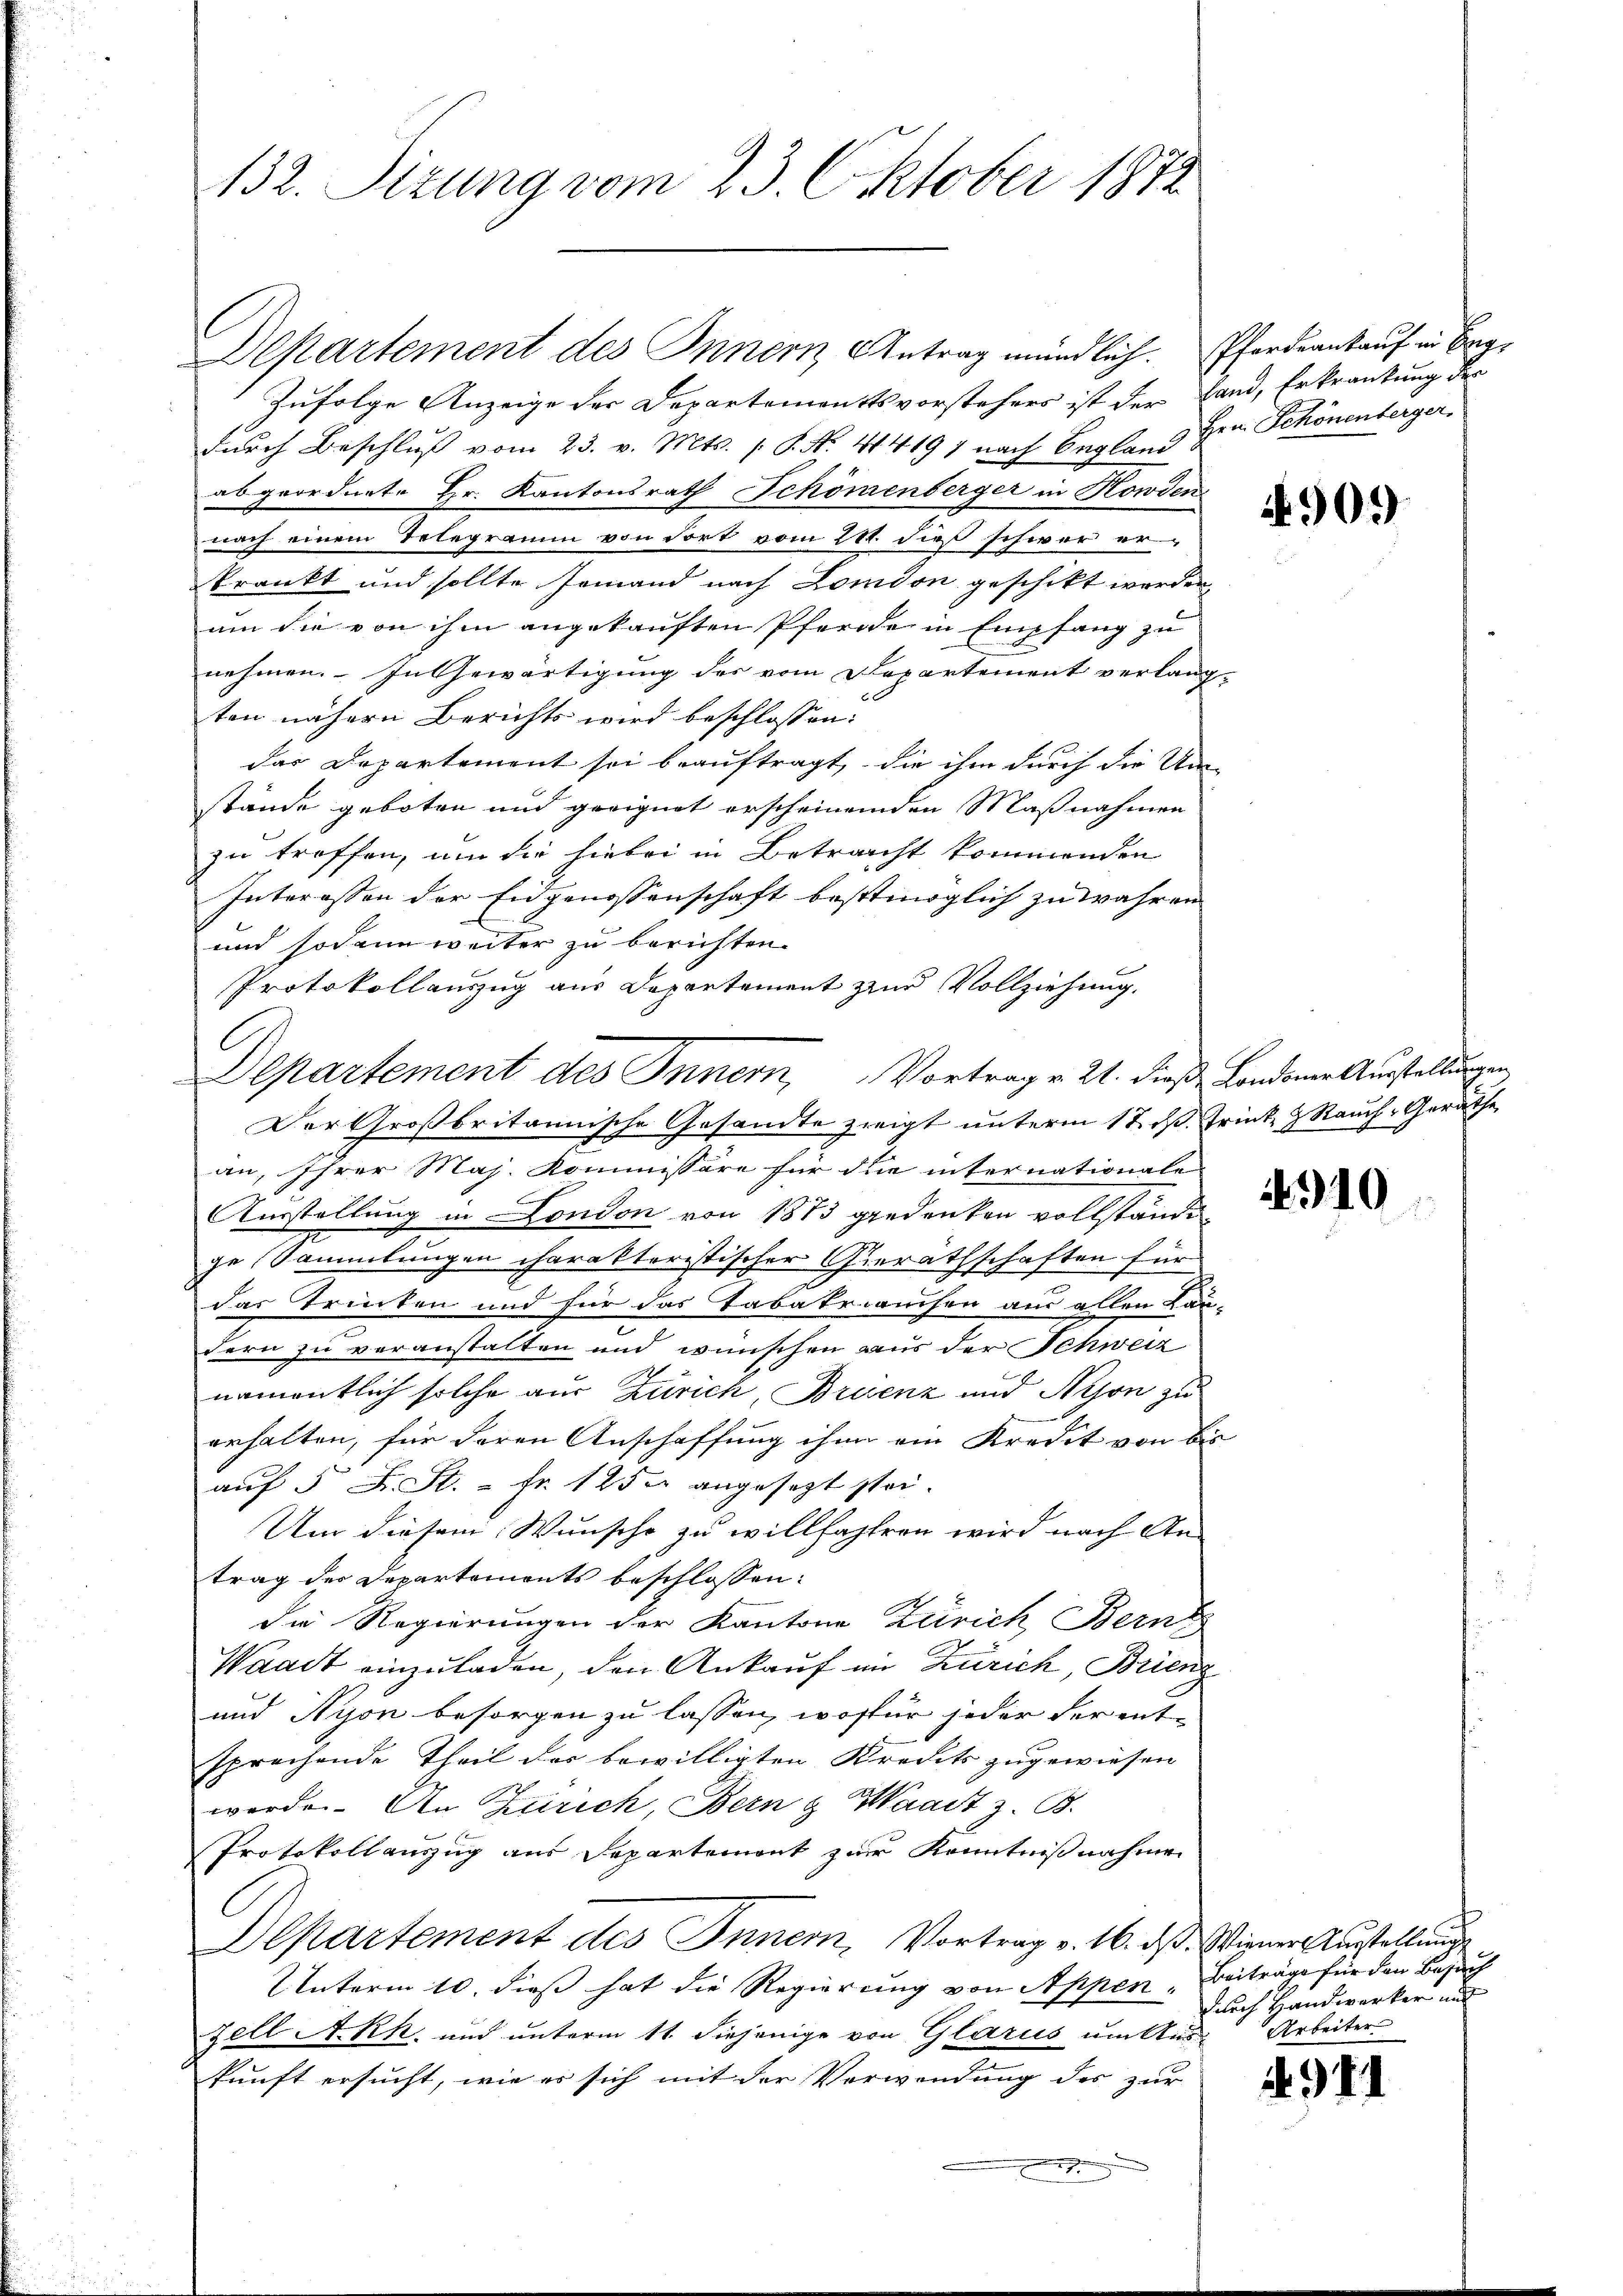
132. Sizung vom 23. Oktober 1872

Departement des Innern Antrag mündlich. Pferdrankauf in Brig¬
Zufolge Anzeige der Departementsvorstehers ist der Land, Erkrankung der
durch Beschluß vom 23. v. Mts. P. Nr. 44197 nach England Hrn. Schönenberger.
abgeordnete Hr. Kantonsrath Schönenberger in Kowden
nach einem Telegramm von dort vom 24. dieß schwer er-
krankt und sollte Jemand nach London geschikt werden,
um sie von ihm angekauften Pferde in Empfang zu
nehmen. In Gewärtigung des vom Departement verlang-
ten nähern Berichts wird beschlossen:
das Departement sei beauftragt, die ihm durch die Um-
stände geboten und geeignet erscheinenden Maßnahmen
zu treffen, um die hiebei in Betracht kommenden
Interessen der Eidgenossenschaft bestmöglich zu wahren
und sodann weiter zu berichten.
Protokollauszug aus Departement zur Vollziehung.
Der Großbritannische Gesandte zweigt unterm 12. ds. Trinke & Rauch Geräthe
an, Ihrer Maj. Kommissäre für die internationale
a
Ausstellung in London von 1873 gedenken vollständi
ge Sammlungen charakteristischer Gierathschaften für
das Trinken und für das Tabakrauchen aus allen Lau-
dern zu veranstalten und wünschen aus der Schweiz
namentlich solche aus Zürich, Brisenz und Nyon zu
erhalten, für deren Anschaffung ihn ein Kredit von bis
auf 5 Fr. St. - Fr. 12 der angesetzt stei¬
Um diesem Wunsche zu willfahren wird nach An-
trag des Departements beschlossen:
Die Regierungen der Kantone Zürich, Bern
Waadt einzuladen, den Ankauf im Zürich, Brienz
und Hyon besorgen zu lassen, wofür jeder Serent-
sprechende Theil des bewilligten Kredits zugewiesen |
werde. An Zürich, Bern & Waadt z. B.
Protokoll auszug aus Departemont zur Kenntnißnahmen
Departement des Innern, Vortrag v. 16. ds. Wiener Ausstellung
Unterm 10. dieß hat die Regierung von Appen, Beiträge für den Besuch
Fell A.-Rh. und unterm 11. diejenige von Glarus um Aus-Arbeiter
kunft ersucht, wie es sich mit der Verwendung des zur
9

Departement des Inner, Vortrag v. 21. dieß Londoner Ausstellungen

4909

4940

durch Handwerker und

4911